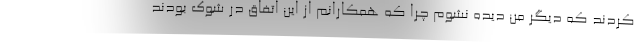
کردند که دیگر من دیده نشوم چرا که همکارانم از این اتفاق در شوک بودند